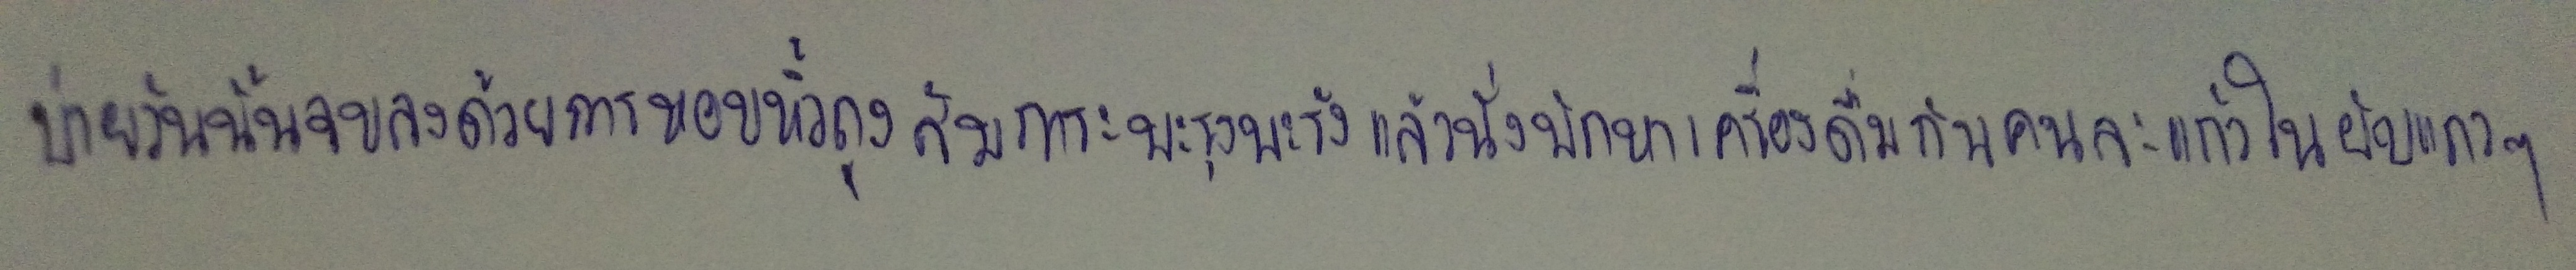
บ่ายวันนั้นจบลงด้วยการหอบหิ้วถุงสัมภาระพะรุงพะรังแล้วนั่งพักหาเครื่องดื่มกันคนละแก้วในผับแถวๆ